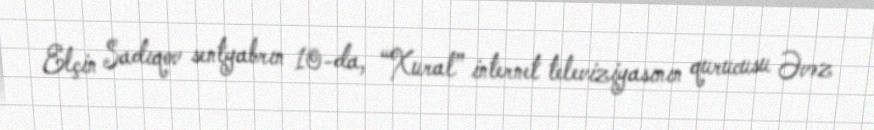
Elçin Sadıqov sentyabrın 10-da, “Xural” internet televiziyasının qurucusu Əvəz